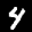
Label: 4